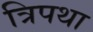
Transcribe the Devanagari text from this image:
त्रिपथा